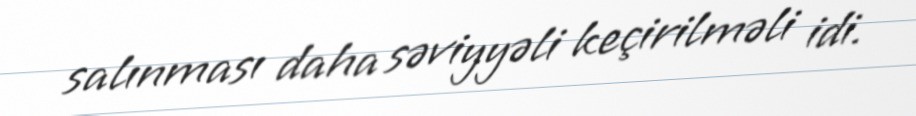
salınması daha səviyyəli keçirilməli idi.